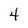
Character: 4